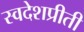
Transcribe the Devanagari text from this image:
स्वदेशप्रीती